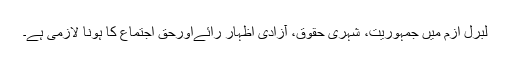
لبرل ازم میں جمہوریت، شہری حقوق، آزادی اظہار رائےاورحق اجتماع کا ہونا لازمی ہے۔